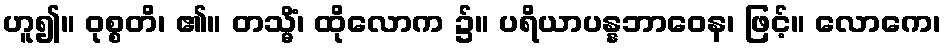
ဟူ၍။ ဝုစ္စတိ၊ ၏။ တသ္မိံ၊ ထိုလောက ၌။ ပရိယာပန္နဘာဝေန၊ ဖြင့်။ လောကေ၊